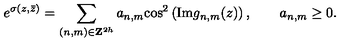
e ^ { \sigma ( z , \bar { z } ) } = \sum _ { ( { n , m } ) \in { \bf Z } ^ { 2 h } } a _ { n , m } \mathrm { c o s } ^ { 2 } \left( \mathrm { I m } g _ { n , m } ( z ) \right) , \qquad a _ { n , m } \ge 0 .